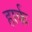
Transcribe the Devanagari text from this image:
हार्क